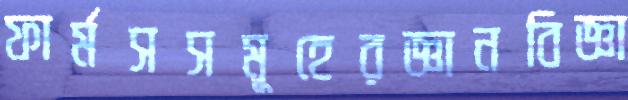
ফার্মসসমূহেরজ্ঞানবিজ্ঞা